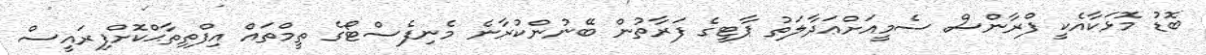
ބޮޑު މޮޅަކާއެކީ ފްރާންސް ސެމީއަށްޢަދާލަތު ޕާޓީގެ ފަރާތުން ބޭނުންކުރާނެ މެނިފެސްޓޯގެ ތީމްތައް އިފްތިތާޙްކޮށްފިރައީސް